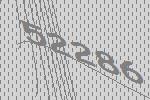
52286